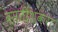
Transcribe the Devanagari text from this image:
बसंतीशंकरा